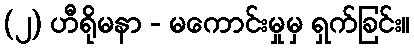
(၂) ဟီရိုမနာ - မကောင်းမှုမှ ရှက်ခြင်း။